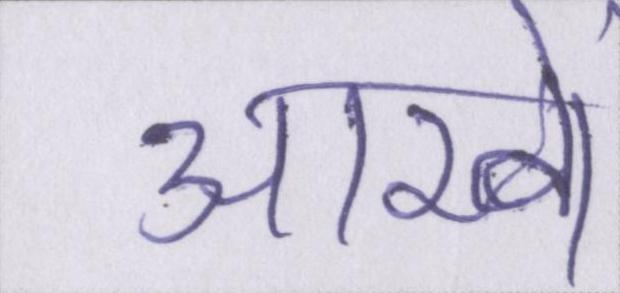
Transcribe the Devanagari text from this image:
आखें